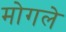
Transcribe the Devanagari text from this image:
मोगले